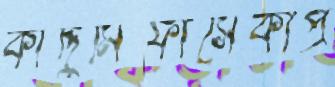
কাদ্দুমিফাসেকীপ্র